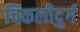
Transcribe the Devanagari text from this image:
चिकलीदुर्ग